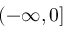
( - \infty , 0 ]